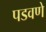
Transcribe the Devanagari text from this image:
पडवणे